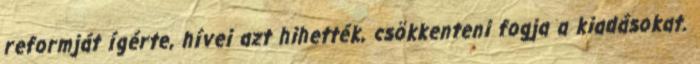
reformját ígérte, hívei azt hihették, csökkenteni fogja a kiadásokat.